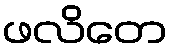
ဖလိတေ